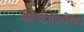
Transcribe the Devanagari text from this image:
कोस्टोज़िफोइड